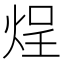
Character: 𬊒